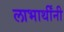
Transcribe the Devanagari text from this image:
लाभार्थींनी